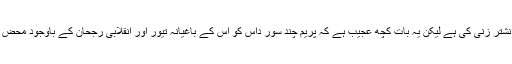
فرسودہ عقائد اور زنگ آلود رسم و رواج پر نشتر زنی کی ہے لیکن یہ بات کچھ عجیب ہے کہ پریم چند سور داس کو اُس کے باغیانہ تیور اور انقلابی رُجحان کے باوجود محض ایک مثالی کردار کے سوا کچھ نہ بنا سکے۔